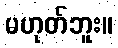
မဟုတ်ဘူး။